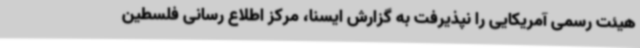
هیئت رسمی آمریکایی را نپذیرفت به گزارش ایسنا، مرکز اطلاع رسانی فلسطین